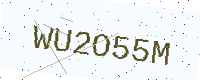
Text: WU2O55M